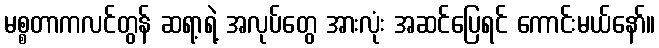
မစ္စတာကလင်တွန် ဆရာ့ရဲ့ အလုပ်တွေ အားလုံး အဆင်ပြေရင် ကောင်းမယ်နော်။